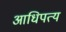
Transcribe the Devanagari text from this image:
आधिपत्य